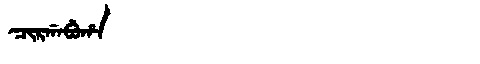
Manchu: ᠴᡳᡵᡤᠠᠪᡠᡥᠠ
Romanization: CIRGABUHA